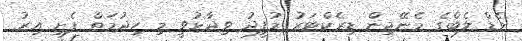
މެޑް ލެބްގެ މެނޭޖިން ޑިރެކްޓަރު މުފީދު ވިދާޅުވީ މި ހިދުމަތް ފެށި އިރު